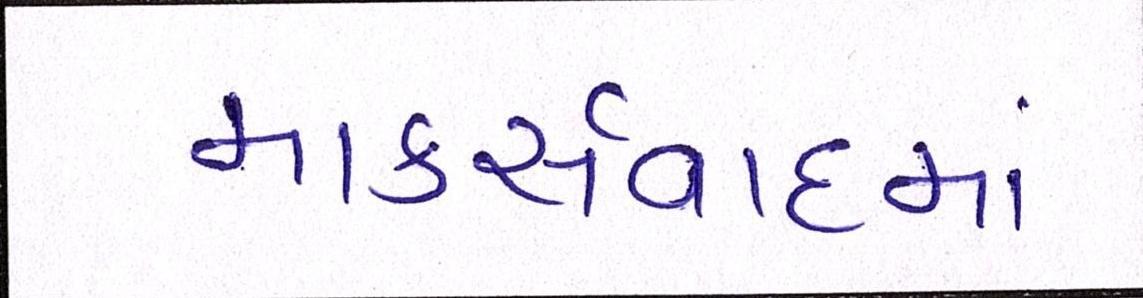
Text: માર્ક્સવાદમાં